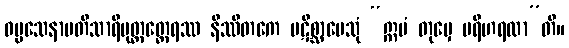
ဓမ္မသေနာပတိသာရိပုတ္တတ္ထေရဿ နိဿိတကေ ပဋိစ္ဆာပေသုံ “ဣမံ တုမှေ ပရိဟရထာ”တိ။